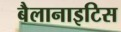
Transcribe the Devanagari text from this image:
बैलानाइटिस